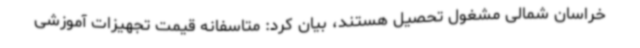
خراسان شمالی مشغول تحصیل هستند، بیان کرد: متاسفانه قیمت تجهیزات آموزشی